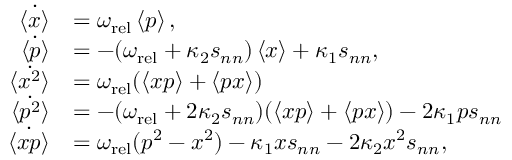
\begin{array} { r l } { \dot { \left\langle x \right\rangle } } & { = \omega _ { \mathrm { r e l } } \left\langle p \right\rangle , } \\ { \dot { \left\langle p \right\rangle } } & { = - ( \omega _ { \mathrm { r e l } } + \kappa _ { 2 } s _ { n n } ) \left\langle x \right\rangle + \kappa _ { 1 } s _ { n n } , } \\ { \dot { \left\langle x ^ { 2 } \right\rangle } } & { = \omega _ { \mathrm { r e l } } ( \left\langle x p \right\rangle + \left\langle p x \right\rangle ) } \\ { \dot { \left\langle p ^ { 2 } \right\rangle } } & { = - ( \omega _ { \mathrm { r e l } } + 2 \kappa _ { 2 } s _ { n n } ) ( \left\langle x p \right\rangle + \left\langle p x \right\rangle ) - 2 \kappa _ { 1 } p s _ { n n } } \\ { \dot { \left\langle x p \right\rangle } } & { = \omega _ { \mathrm { r e l } } ( p ^ { 2 } - x ^ { 2 } ) - \kappa _ { 1 } x s _ { n n } - 2 \kappa _ { 2 } x ^ { 2 } s _ { n n } , } \end{array}